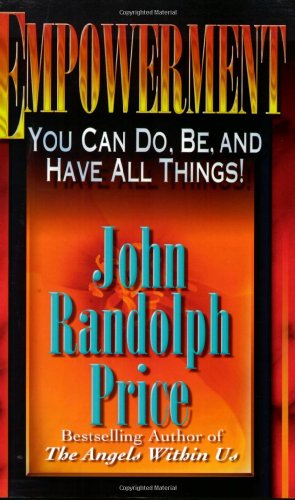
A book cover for Empowerment: You Can Do, Be, and Have All Things; John Randolph Price; Self-Help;